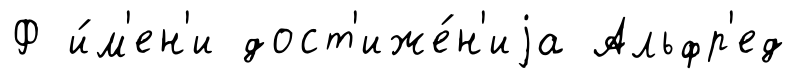
Ф и́м'ен'и дост'иже́н'иjа Альфр'ед